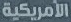
الأمريكية